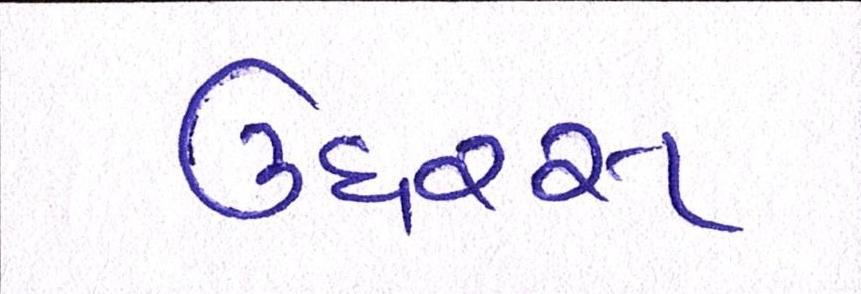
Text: ઉઘરસ